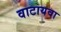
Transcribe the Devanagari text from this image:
वाटायवा